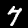
Digit: 7